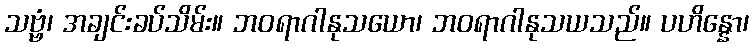
သဗ္ဗံ၊ အချင်းခပ်သိမ်း။ ဘဝရာဂါနုသယော၊ ဘဝရာဂါနုသယသည်။ ပဟိန္နော၊